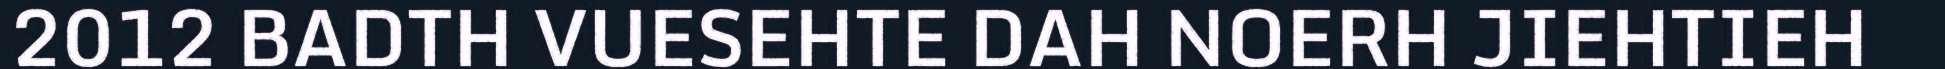
2012 BADTH VUESEHTE DAH NOERH JIEHTIEH